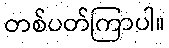
တစ်ပတ်ကြာပါ။